Report of the Municipal Commissioner on the plague in Bombay for the year ending 31st May... - Volume 1
Disease focus: Plague
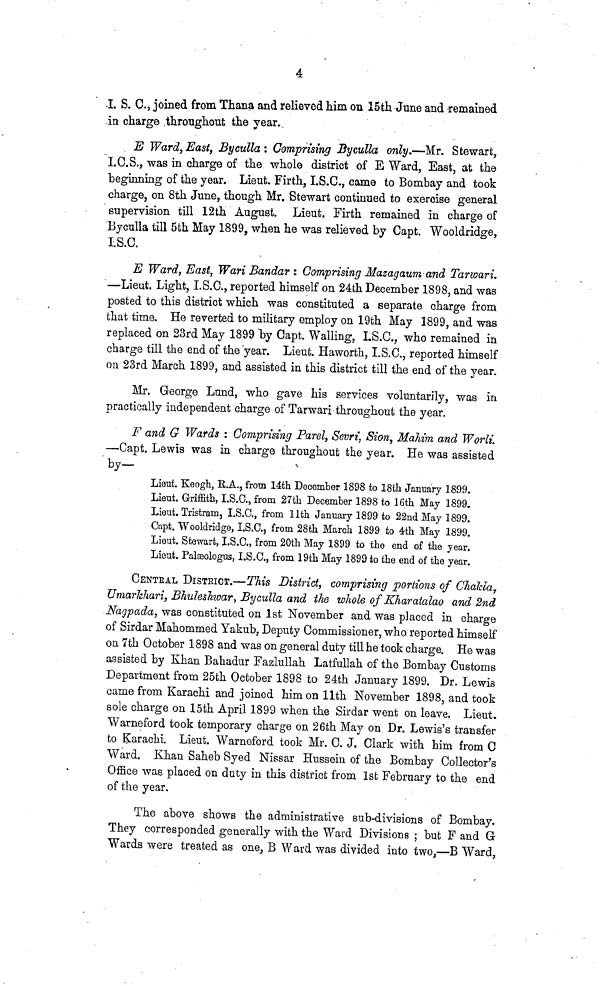
4
L S. C,, joined from Thana and relieved him on 15th June and remained
in charge throughout the year.
E Ward, East, Byculla : Comprising Byculla only.—Mr. Stewart,
I.C.S., was in charge of the whole district of E Ward, East, at the
beginning of the year. Lieut. Firth, I.S.C., came to Bombay and took
charge, on 8th June, though Mr. Stewart continued to exercise general
supervision till 12th August. Lieut. Firth remained in charge of
Byculla till 5th May 1899, when he was relieved by Capt. Wooldridge,
I.S.C.
E Ward, East, Wari Bandar : Comprising Mazagaum and Tarwari.
—Lieut. Light, I.S.O., reported himself on 24th December 1898, and was
posted to this district which was constituted a separate charge from
that time. He reverted to military employ on 19th May 1899, and was
replaced on 23rd May 1899 by Capt. Walling, LS.C., who remained in
charge till the end of the year. Lieut. Haworth, I.S.C., reported himself
on 23rd March 1899, and assisted in this district till the end of the year.
Mr. George Lund, who gave his services voluntarily, was in
practically independent charge of Tarwari throughout the year.
F and G Wards : Comprising Parel, Sevri, Sion, Mahim and Worli.
—Capt. Lewis was in charge throughout the year. He was assisted
by-
Lieut. Keogh, U.A., from lath December 1898 to 18th January 1899.
Lieut. Griffith, I.S.C., from 27th December 1898 to 16th May 1899.
Lieut. Tristram, I.S.C., from llth January 1899 to 22nd May 1899.
Capt. Wooldridge, I.S.C., from 28th March 1899 to 4th May 1899.
Lieut. Stewart, I.S.O., from 20th May 1899 to the end of the year.
Lieut. Palaeologus, I.S.C., from 19th May 1899 to the end of the year.
CENTRAL DISTRICT.—This District, comprising portions of Chalda 7
Umarkhari, BhulesJiioar, Byculla and the whole of Kharatalao and 2nd
Nagpada, was constituted on 1st November and was placed in charge
of Sirdar Mahommed Yakub, Deputy Commissioner, who reported himself
on 7th October 1898 and was on general duty till he took charge. He was
assisted by Khan Bahadur Fazlullah Latfullah of the Bombay Customs
Department from 25th October 1898 to 24th January 1899. Dr. Lewis
came from Karachi and joined him on llth November 1898, and took
sole charge on 15th April 1899 when the Sirdar went on leave. Lieut.
Warneford took temporary charge on 26th May on Dr. Lewis's transfer
to Karachi. Lieut. Warneford took Mr. C. J. Clark with him from C
Ward. Khan Saheb Syed Nissar Hussein of the Bombay Collector's
Office was placed on duty in this district from 1st February to the end
of the year.
The above shows the administrative sub-divisions of Bombay.
They corresponded generally with the Ward Divisions ; but F and G
Wards were treated as one, B Ward was divided into two,—B Ward,